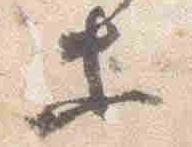
等